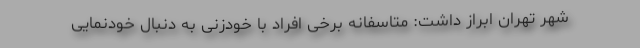
شهر تهران ابراز داشت: متاسفانه برخی افراد با خودزنی به دنبال خودنمایی